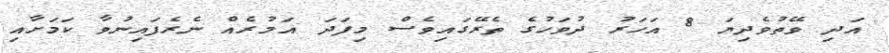
އަދި ވޭތުވެދިޔަ 8 އަހަރު ދުވަހުގެ ތެރޭގައިވެސް މިފަދަ އަމުރެއް ނެރެފައިނުވާ ކަމަށާއި